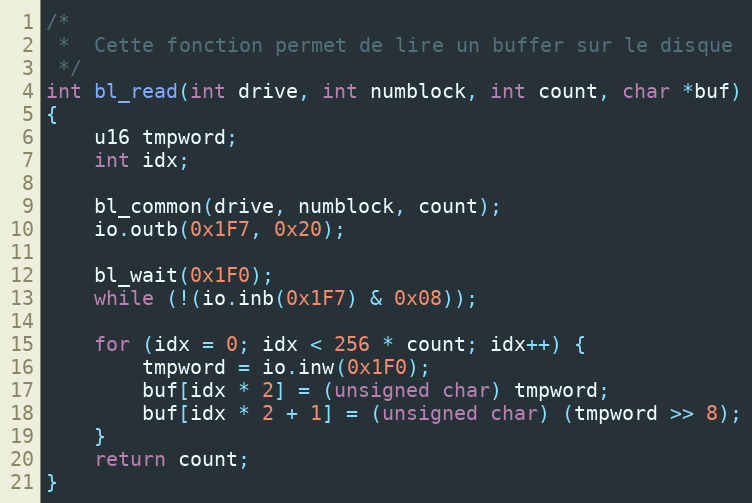
Language: C++
/*
 *	Cette fonction permet de lire un buffer sur le disque
 */
int bl_read(int drive, int numblock, int count, char *buf)
{
	u16 tmpword;
	int idx;

	bl_common(drive, numblock, count);
	io.outb(0x1F7, 0x20);

	bl_wait(0x1F0);
	while (!(io.inb(0x1F7) & 0x08));

	for (idx = 0; idx < 256 * count; idx++) {
		tmpword = io.inw(0x1F0);
		buf[idx * 2] = (unsigned char) tmpword;
		buf[idx * 2 + 1] = (unsigned char) (tmpword >> 8);
	}
	return count;
}